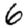
Digit: 6